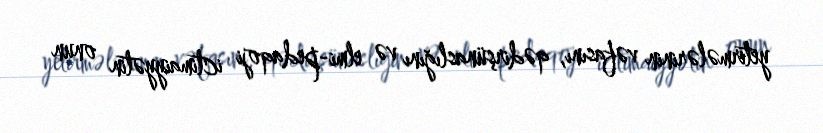
yetirmələrinin vəfasını, qədirşünaslığını və elmi-pedaqoji ictimaiyyətin onun